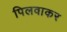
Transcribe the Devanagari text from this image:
पिलवाकर